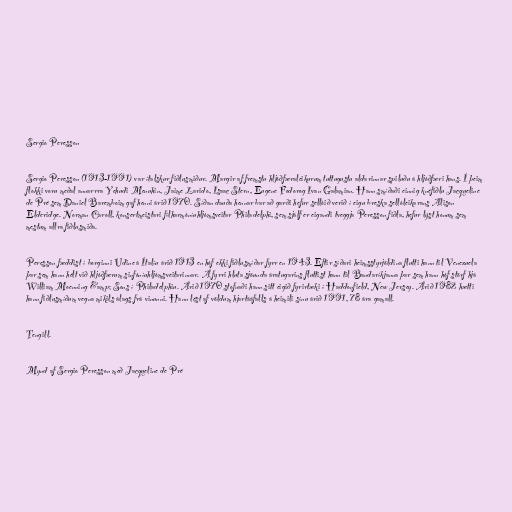
Sergio Peresson

Sergio Peresson (1913-1991) var ítalskur fiðlusmiður. Margir af fremstu hljóðfæraleikurum tuttugustu aldarinnar spiluðu á hljóðfæri hans. Í þeim
flokki voru meðal annarrra Yehudi Menuhin, Jaime Larido, Isaac Stern, Eugene Fodorog Ivan Galamian. Hann smíðaði einnig knéfiðlu Jacqueline
de Pré sem Daniel Baremboim gaf henni árið 1970. Síðan dauða hennar bar að garði hefur sellóið verið í eigu breska sellóleikarans Alison
Elderidge. Norman Caroll, konsertmeistari fílharmóníuhljómsveitar Philadelphi, sem sjálf er eigandi tveggja Peresson fiðla, hefur lýst honum sem
mestum allra fiðlusmiða.

Peresson fæddist í borginni Udine á Ítalíu árið 1913 en hóf ekki fiðlusmíðar fyrr en 1943. Eftir síðari heimsstyrjöldina flutti hann til Venezuela
þar sem hann hélt við hljóðfærum sinfóníuhljómsveitarinnar. Á fyrri hluta sjöunda áratugarins fluttist hann til Bandaríkjanna þar sem hann hóf störf hjá
William Moenning &amp; Sons í Philadelphiu. Árið 1970 stofnaði hann sitt eigið fyrirtæki í Haddonfield, New Jersey. Árið 1982 hætti
hann fiðlusmíðum vegna mikils álags frá vinunni. Hann lést af völdum hjartááfalls á heimili sínu árið 1991, 78 ára gamall.

Tengill.

Mynd af Sergio Peresson með Jacqueline de Pré